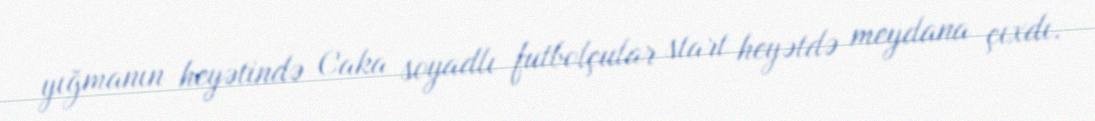
yığmanın heyətində Caka soyadlı futbolçular start heyətdə meydana çıxdı.